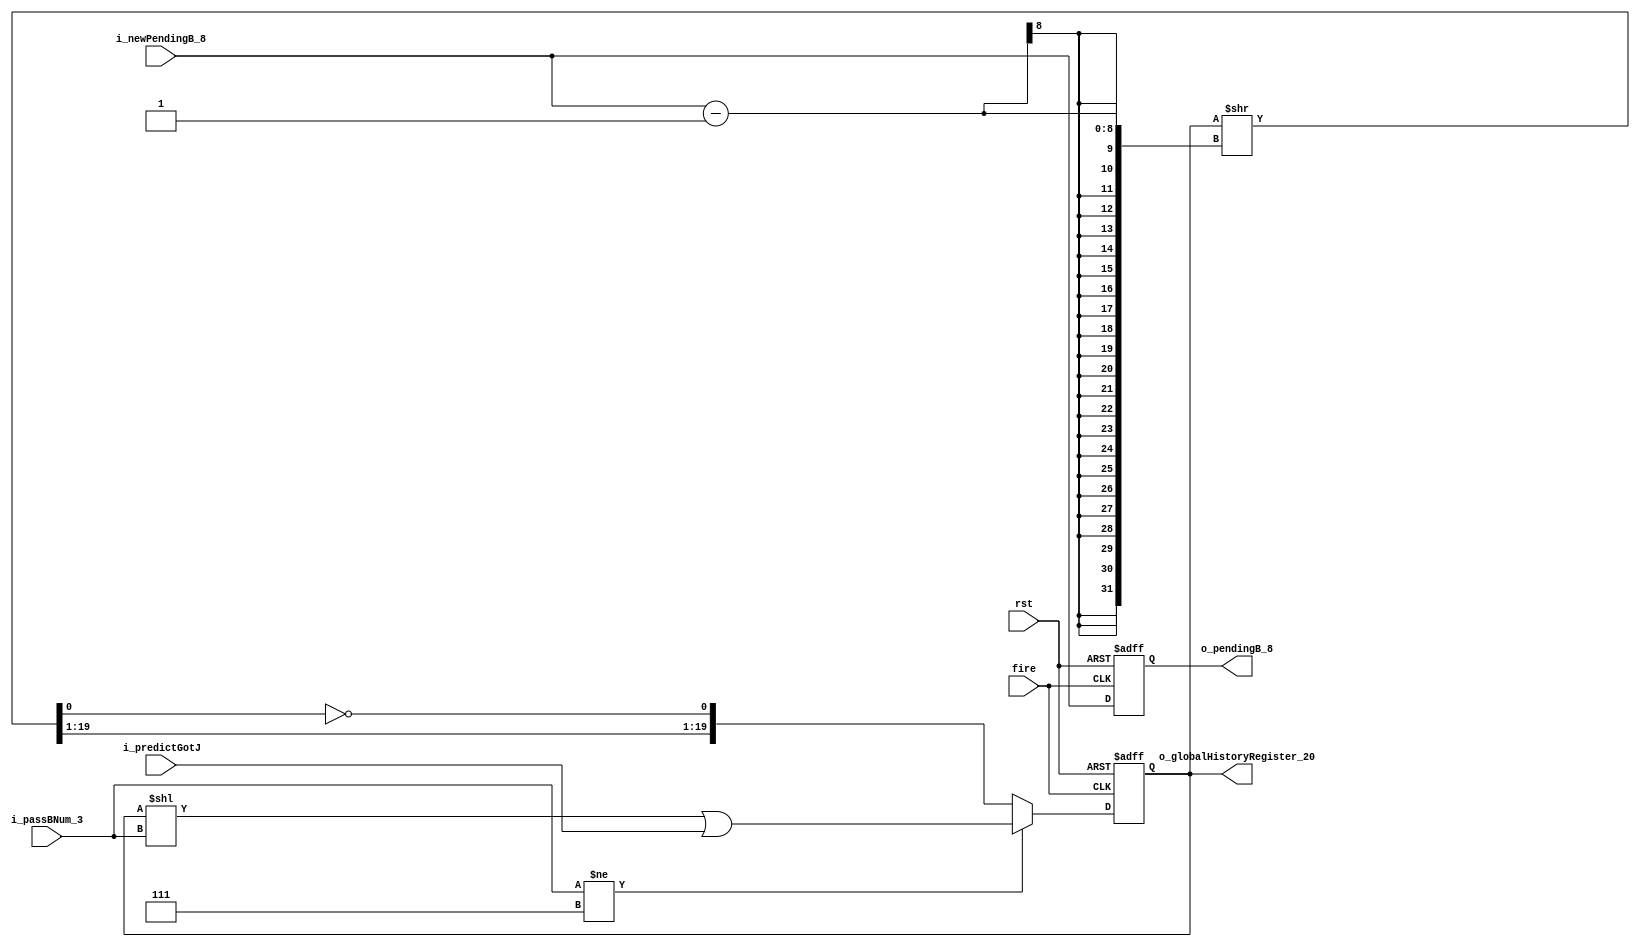
module ghrAndPendingB (
    input fire,
    input rst,
    input[7:0] i_newPendingB_8,
    input i_predictGotJ,
    input[2:0] i_passBNum_3,
    output[7:0] o_pendingB_8,
    output[19:0] o_globalHistoryRegister_20
);

    //B
    reg[7:0] r_pendingB_8;
    //
    reg[19:0] r_globalHistoryRegister_20;

    assign o_globalHistoryRegister_20 = r_globalHistoryRegister_20;
    assign o_pendingB_8 = r_pendingB_8;

    wire[19:0] rightShift,correctRightShift;
    assign rightShift = r_globalHistoryRegister_20 >> (i_newPendingB_8-1);
    assign correctRightShift = {rightShift[19:1],~rightShift[0]};


    always @(posedge fire or negedge rst) begin
        if(!rst)begin
            r_pendingB_8 <= 0;
            r_globalHistoryRegister_20 <= 0;
        end
        else begin
            r_pendingB_8 <= i_newPendingB_8;

            r_globalHistoryRegister_20 <= (i_passBNum_3 != 3'b111)?
            ((r_globalHistoryRegister_20 << i_passBNum_3) | i_predictGotJ) :
            correctRightShift;
        end
    end


endmodule